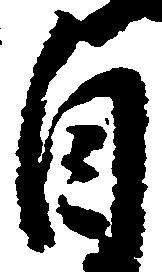
自